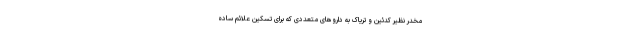
مخدر نظیر کدئین و تریاک به داروهای متعددی که برای تسکین علائم ساده